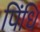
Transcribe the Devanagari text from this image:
पिंधि